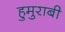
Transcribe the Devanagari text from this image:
हुमुराबी